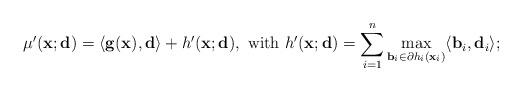
LaTeX: \begin{align*} \mu '(\mathbf{x}; \mathbf{d})= \langle{\mathbf{g} (\mathbf{x}), \mathbf{d}} \rangle + h'(\mathbf{x};\mathbf{d}), \ \mbox{with} \ h'(\mathbf{x}; \mathbf{d})=\sum\limits^{n} _{i=1} \max_{\mathbf{b}_{i} \in\partial h_{i}(\mathbf{x}_{i})} \langle {\mathbf{b}_{i},\mathbf{d}_{i}} \rangle ;\end{align*}